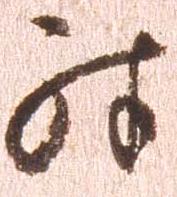
殊